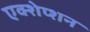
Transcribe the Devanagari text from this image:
एक्शेप्शन